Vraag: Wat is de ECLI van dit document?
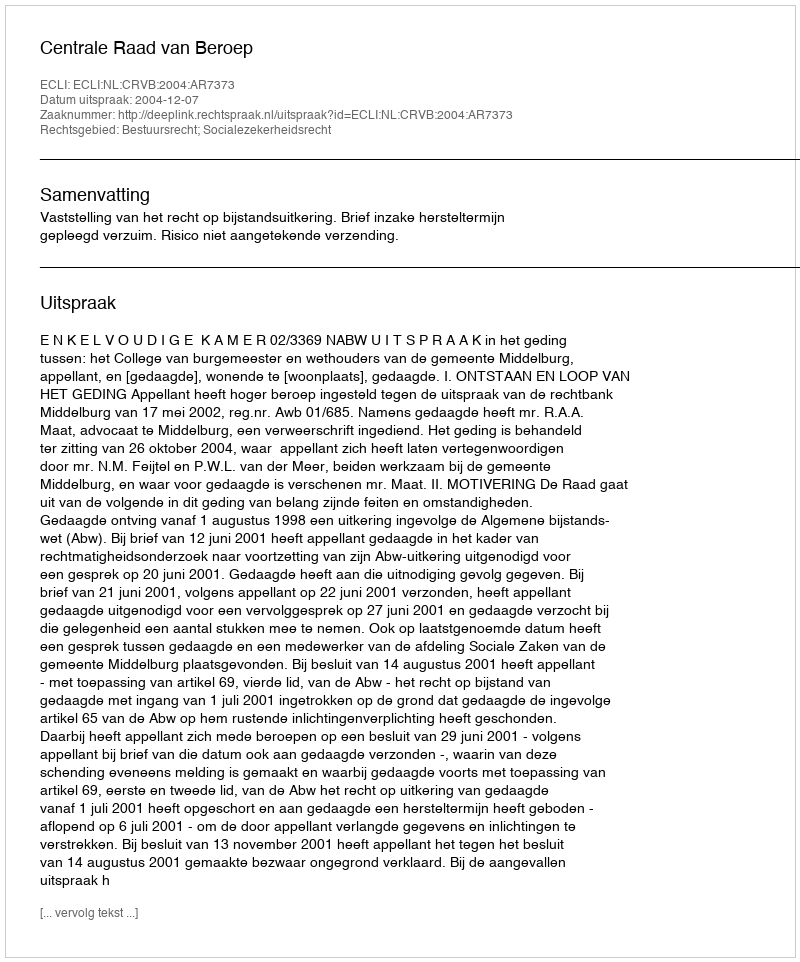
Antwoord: ECLI:NL:CRVB:2004:AR7373